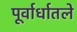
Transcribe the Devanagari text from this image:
पूर्वार्धातले